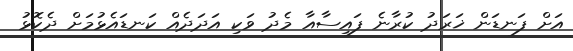
އަށް ފަނޑަން ޚަރަދު ކުރާނެ ފައިސާއާ މެދު ވަކި އަދަދެއް ކަނޑައެޅުމަށް ދެކޮޅު